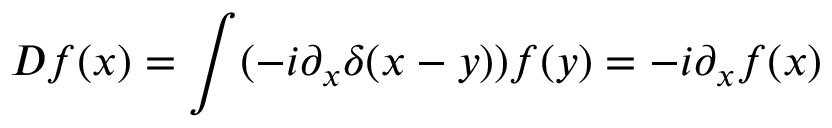
D f ( x ) = \int ( - i \partial _ { x } \delta ( x - y ) ) f ( y ) = - i \partial _ { x } f ( x )